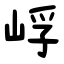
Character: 㟊